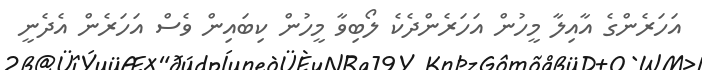
އަހަރެންގެ އާއިލާ މީހުން އަހަރެންދެކެ ލޯބިވާ މީހުން ކިބައިން ވެސް އަހަރެން އެދެނީ